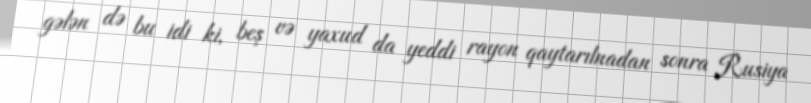
gələn də bu idi ki, beş və yaxud da yeddi rayon qaytarılnadan sonra Rusiya